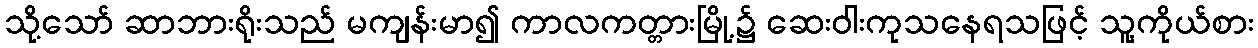
သို့သော် ဆာဘားရိုးသည် မကျန်းမာ၍ ကာလကတ္တားမြို့၌ ဆေးဝါးကုသနေရသဖြင့် သူ့ကိုယ်စား